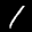
Label: 1